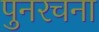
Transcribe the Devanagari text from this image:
पुनरचना